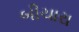
બીચારા